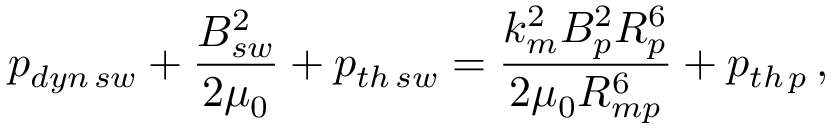
p _ { d y n \thinspace s w } + \frac { B _ { s w } ^ { 2 } } { 2 \mu _ { 0 } } + p _ { t h \thinspace s w } = \frac { k _ { m } ^ { 2 } B _ { p } ^ { 2 } R _ { p } ^ { 6 } } { 2 \mu _ { 0 } R _ { m p } ^ { 6 } } + p _ { t h \thinspace p } \thinspace ,